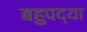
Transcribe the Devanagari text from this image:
बहुपद्या